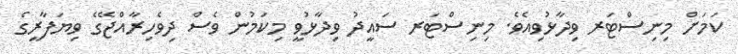
ކަމަށް މިނިސްޓަރ ވިދާޅުވިއެވެ. މިނިސްޓަރ ސައީދު ވިދާޅުވީ މިކަމުން ވެސް ދިވެހިރާއްޖޭގެ ވިޔަފާރީގެ